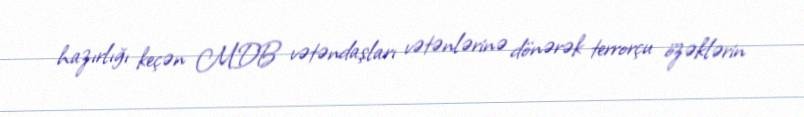
hazırlığı keçən MDB vətəndaşları vətənlərinə dönərək terrorçu özəklərin